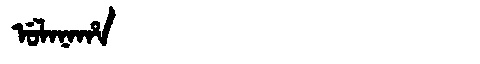
Manchu: ᡠᠯᠠᠨᠠᡥᠠ
Romanization: ULANAHA